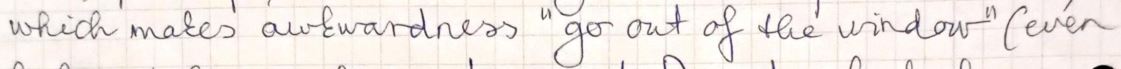
which makes awkwardness " go out of the window " ( even